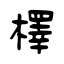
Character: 檡